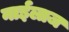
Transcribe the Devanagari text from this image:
नाईलाज